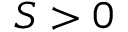
S > 0